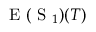
\mathrm { ~ E ~ } ( \mathrm { ~ S ~ } _ { 1 } ) ( T )